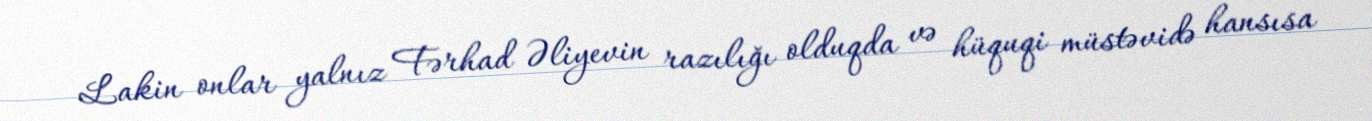
Lakin onlar yalnız Fərhad Əliyevin razılığı olduqda və hüquqi müstəvidə hansısa